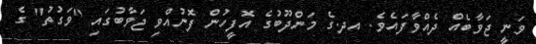
ވަނީ ޖަވާބެއް ދެއްވާފައެވެ. އދ.ގެ މަންދޫބުގެ އޮފީހުން ފޮނުއްވި ޖަވާބުގައި "ވަގުތު" ގެ